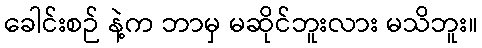
ခေါင်းစဉ် နဲ့က ဘာမှ မဆိုင်ဘူးလား မသိဘူး။